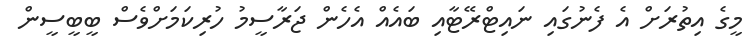
މީގެ އިތުރަށް އެ ފެނުގައި ނައިޓްރޭޓާއި ބައެއް އެހެން ޖަރާސީމު ހުރިކަމަށްވެސް ބީބީސީން